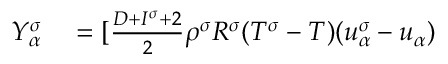
\begin{array} { r } { \begin{array} { r l } { Y _ { \alpha } ^ { \sigma } } & { { } = [ \frac { D + I ^ { \sigma } + 2 } { 2 } \rho ^ { \sigma } R ^ { \sigma } ( T ^ { \sigma } - T ) ( u _ { \alpha } ^ { \sigma } - u _ { \alpha } ) } \end{array} } \end{array}